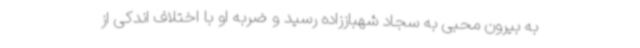
به بیرون محبی به سجاد شهباززاده رسید و ضربه او با اختلاف اندکی از